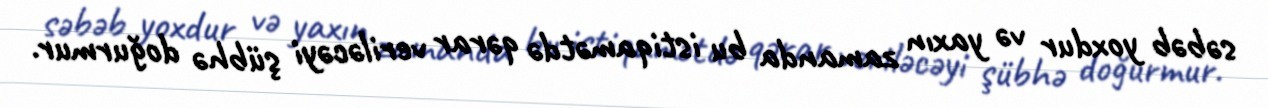
səbəb yoxdur və yaxın zamanda bu istiqamətdə qərar veriləcəyi şübhə doğurmur.